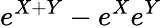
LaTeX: e^{X+Y}-e^{X}e^{Y}